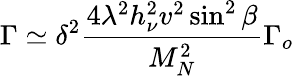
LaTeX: \Gamma\simeq\delta^{2}\frac{4\lambda^{2}h_{\nu}^{2}v^{2}\sin^{2}\beta}{M_{N}^{2}}\Gamma_{o}